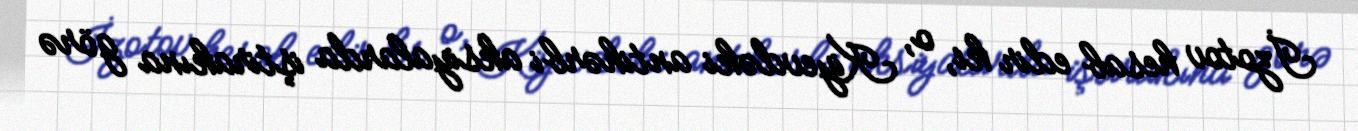
İzotov hesab edir ki, o, Kiyevdəki antihərbi aksiyalarda iştirakına görə